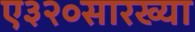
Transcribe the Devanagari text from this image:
ए३२०सारख्या